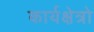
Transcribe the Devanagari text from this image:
कार्यक्षेत्रो